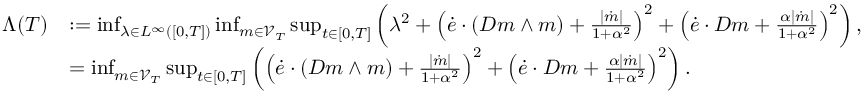
\begin{array} { r l } { \Lambda ( T ) } & { : = \operatorname* { i n f } _ { \lambda \in L ^ { \infty } ( [ 0 , T ] ) } \operatorname* { i n f } _ { m \in \mathscr { V } _ { T } } \operatorname* { s u p } _ { t \in [ 0 , T ] } \left( \lambda ^ { 2 } + \left( \dot { e } \cdot ( D m \wedge m ) + \frac { | \dot { m } | } { 1 + \alpha ^ { 2 } } \right) ^ { 2 } + \left( \dot { e } \cdot D m + \frac { \alpha | \dot { m } | } { 1 + \alpha ^ { 2 } } \right) ^ { 2 } \right) , } \\ & { = \operatorname* { i n f } _ { m \in \mathscr { V } _ { T } } \operatorname* { s u p } _ { t \in [ 0 , T ] } \left( \left( \dot { e } \cdot ( D m \wedge m ) + \frac { | \dot { m } | } { 1 + \alpha ^ { 2 } } \right) ^ { 2 } + \left( \dot { e } \cdot D m + \frac { \alpha | \dot { m } | } { 1 + \alpha ^ { 2 } } \right) ^ { 2 } \right) . } \end{array}